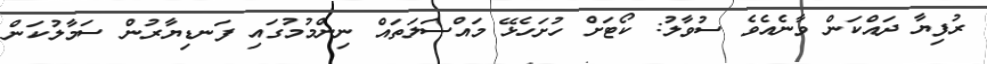
ރުފިޔާ ދައްކަން ވާނެއެވެ ސުވާލު: ކޯޓަށް ހުށަހެޅޭ މައްސަލަތައް ނިންމުމުގައި ފަނޑިޔާރުން ސަމާލުކަން